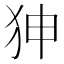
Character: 𤝚